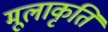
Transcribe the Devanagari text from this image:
मूलाकृति